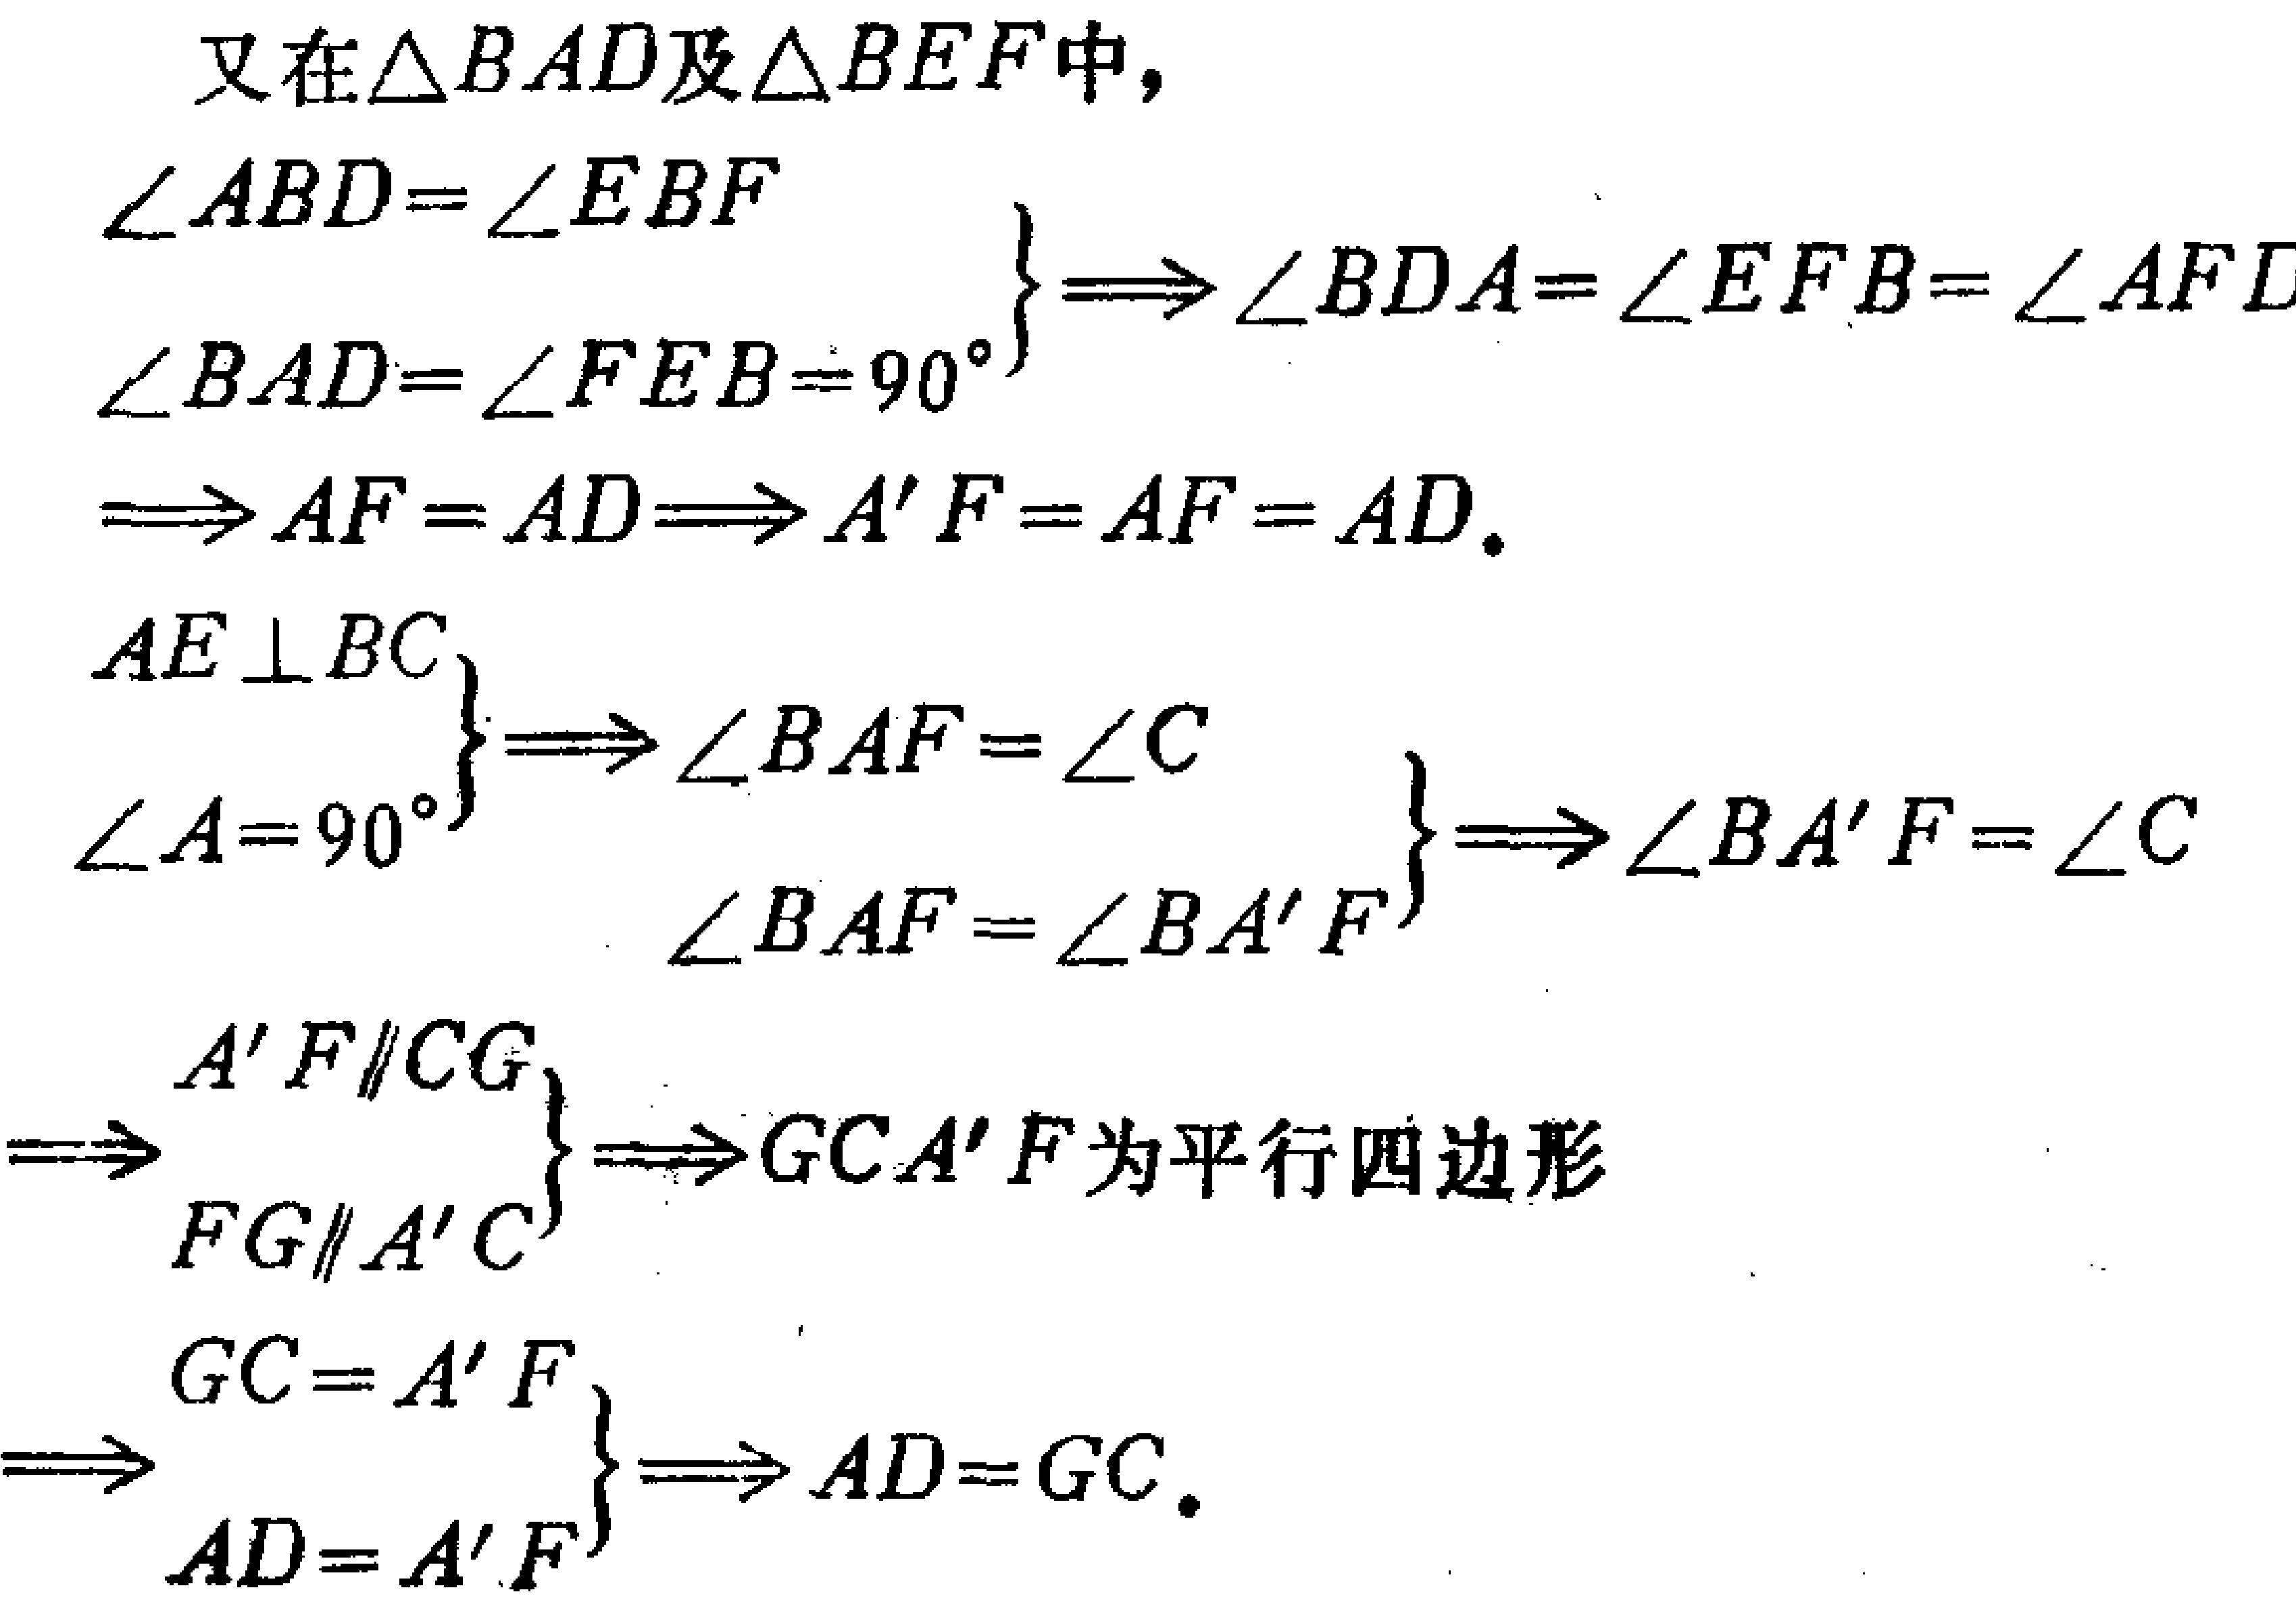
\begin{align*}
&\text{又在}\triangle BAD\text{及}\triangle BEF\text{中},\\
&\left.\begin{array}{l}
\angle ABD = \angle EBF\\
\angle BAD=\angle FEB = 90^{\circ}
\end{array}\right\} \Longrightarrow \angle BDA=\angle EFB=\angle AFD\\
&\Longrightarrow AF = AD\Longrightarrow A'F = AF = AD.\\
&\left.\begin{array}{l}
AE\perp BC\\
\angle A = 90^{\circ}
\end{array}\right\} \Longrightarrow \angle BAF=\angle C\\
&\left.\begin{array}{l}
\angle BAF=\angle C\\
\angle BAF = \angle BA'F
\end{array}\right\} \Longrightarrow \angle BA'F=\angle C\\
&\left.\begin{array}{l}
A'F\parallel CG\\
FG\parallel A'C
\end{array}\right\} \Longrightarrow GCA'F\text{为平行四边形}\\
&\left.\begin{array}{l}
GC = A'F\\
AD = A'F
\end{array}\right\} \Longrightarrow AD = GC.
\end{align*}